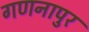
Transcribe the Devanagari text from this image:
गणनापुर